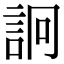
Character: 詗